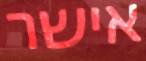
אישר